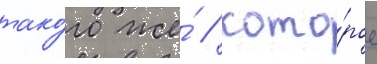
тако́го же́ / кото́рое